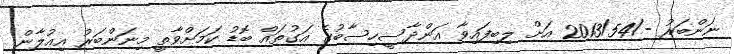
ނަންބަރު -/2013/54 އަށް ލިބިފައިވާ އަންދާސީހިސާބުގެ އަގުތައް ބޮޑު ކަމަށްވާތީ މިނަންބަރު އިޢުލާން